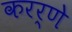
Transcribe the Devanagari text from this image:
करर्णे